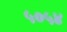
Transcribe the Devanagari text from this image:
५०५४